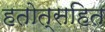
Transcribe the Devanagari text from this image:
हतोत्सहित